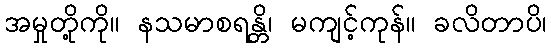
အမှုတို့ကို။ နသမာစရန္တိ၊ မကျင့်ကုန်။ ခလိတာပိ၊